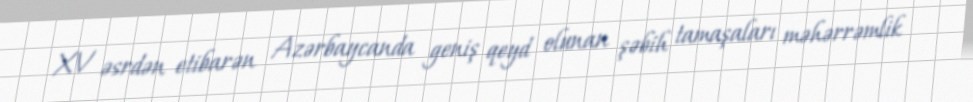
XV əsrdən etibarən Azərbaycanda geniş qeyd olunan şəbih tamaşaları məhərrəmlik